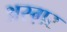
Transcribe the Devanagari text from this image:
अस्ग़र